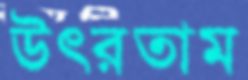
উৎরতাম